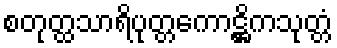
စတုတ္ထသာရိပုတ္တကောဋ္ဌိကသုတ္တံ